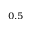
^ { 0 . 5 }